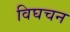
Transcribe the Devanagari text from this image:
विघचन